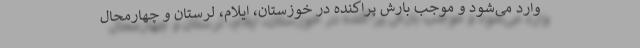
وارد می‌شود و موجب بارش پراکنده در خوزستان، ایلام، لرستان و چهارمحال